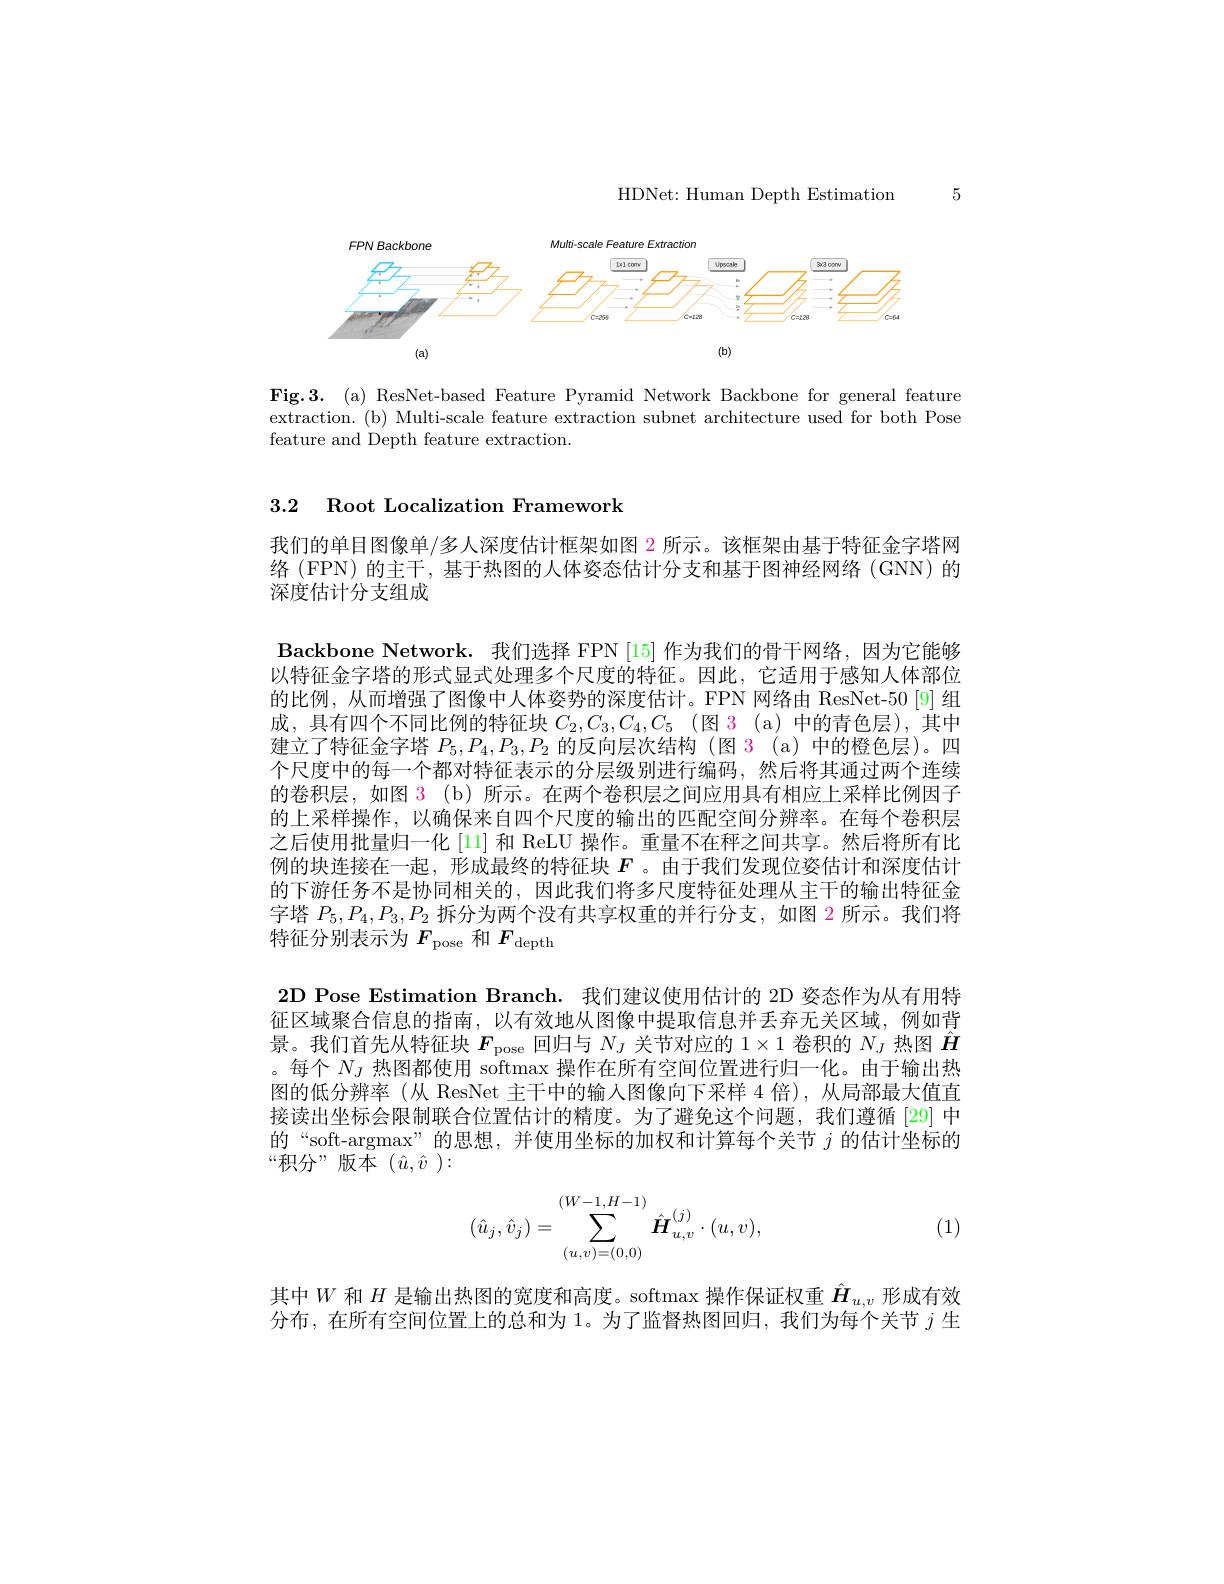
HDNet: Human Depth Estimation

5

<FigureHere>

Fig.3.(a) ResNet-based Feature Pyramid Network Backbone for general feature extraction.(b) Multi-scale feature extraction subnet architecture used for both Pose feature and Depth feature extraction.

3.2 Root Localization Framework

我们的单目图像单/多人深度估计框架如图$\color{red}{2}$所示。该框架由基于特征金字塔网络(FPN) 的主干，基于热图的人体姿态估计分支和基于图神经网络(GNN) 的深度估计分支组成
Backbone Network. 我们选择 FPN [15]作为我们的骨干网络，因为它能够以特征金字塔的形式显式处理多个尺度的特征。因此，它适用于感知人体部位的比例，从而增强了图像中人体姿势的深度估计。FPN 网络由 ResNet-50[9]组成，具有四个不同比例的特征块$C_2,C_3,C_4,C_5$ (图 3 (a) 中的青色层),其中建立了特征金字塔$P_5,P_4,P_3,P_2$的反向层次结构 (图 3 (a) 中的橙色层)。四个尺度中的每一个都对特征表示的分层级别进行编码，然后将其通过两个连续的卷积层，如图 3(b)所示。在两个卷积层之间应用具有相应上采样比例因子的上采样操作，以确保来自四个尺度的输出的匹配空间分辨率。在每个卷积层之后使用批量归一化 [11] 和 ReLU 操作。重量不在秤之间共享。然后将所有比例的块连接在一起，形成最终的特征块$F$ 。由于我们发现位姿估计和深度估计的下游任务不是协同相关的，因此我们将多尺度特征处理从主干的输出特征金字塔$P_5,P_4,P_3,P_2$拆分为两个没有共享权重的并行分支，如图$\color{red}{2}$所示。我们将特征分别表示为$F_\mathrm{pose}$和$F_\mathrm{depth}$
2D Pose Estimation Branch. 我们建议使用估计的 2D 姿态作为从有用特征区域聚合信息的指南，以有效地从图像中提取信息并丢弃无关区域，例如背景。我们首先从特征块$F_\mathrm{pose}$回归与$N_J$关节对应的$1\times1$卷积的$N_J$热图$\hat{\boldsymbol{H}}$ 。每个$N_J$热图都使用 softmax 操作在所有空间位置进行归一化。由于输出热图的低分辨率(从 ResNet 主干中的输入图像向下采样 4 倍),从局部最大值直接读出坐标会限制联合位置估计的精度。为了避免这个问题，我们遵循[29] 中的“soft-argmax”的思想，并使用坐标的加权和计算每个关节$j$的估计坐标的“积分”版本($\hat{u},\hat{v}):$
$$(W-1,H-1)\\(\hat{u}_j,\hat{v}_j)=\sum_{(u,v)=(0,0)}^{(W-1,H-1)}\hat{\boldsymbol{H}}_{u,v}^{(j)}\cdot(u,v),$$
(1)

其中$W$和$H$是输出热图的宽度和高度。softmax 操作保证权重$\hat{\boldsymbol{H}}_{u,v}$形成有效分布，在所有空间位置上的总和为 1。为了监督热图回归，我们为每个关节$j$生